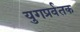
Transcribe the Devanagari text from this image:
युगप्रर्वतक